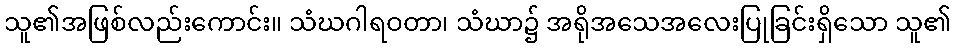
သူ၏အဖြစ်လည်းကောင်း။ သံဃဂါရဝတာ၊ သံဃာ၌ အရိုအသေအလေးပြုခြင်းရှိသော သူ၏